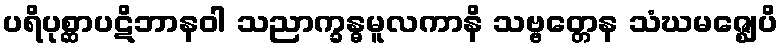
ပရိပုစ္ဆာပဋိဘာနဝါ သညာက္ခန္ဓမူလကာနိ သဗ္ဗတ္တေန သံဃမဇ္ဈေပိ